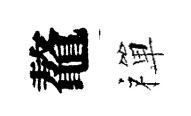
鼇禪